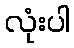
လုံးပါ